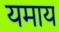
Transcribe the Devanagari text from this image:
यमाय